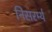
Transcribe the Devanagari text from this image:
निसरर्म्य